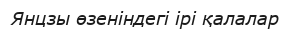
Янцзы өзеніндегі ірі қалалар